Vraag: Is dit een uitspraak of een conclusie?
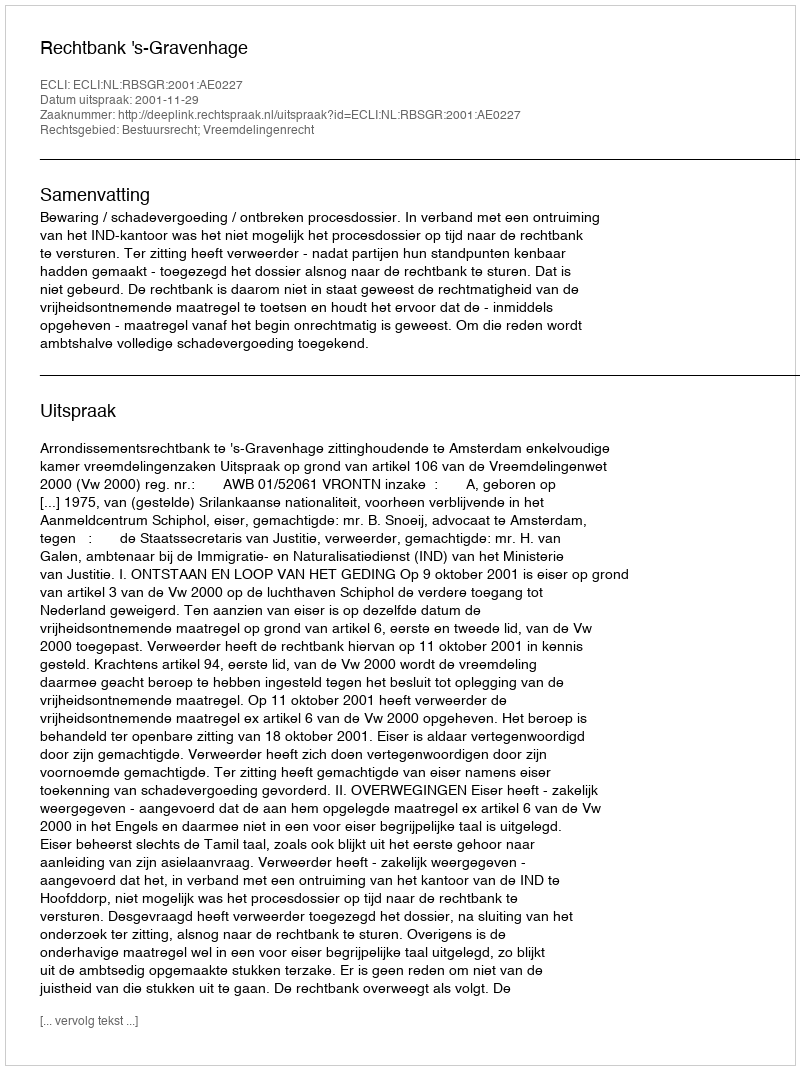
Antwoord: Uitspraak